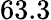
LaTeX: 63.3